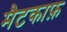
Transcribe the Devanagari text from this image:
मैटकाफ़